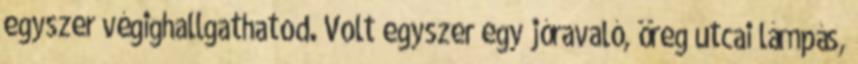
egyszer végighallgathatod. Volt egyszer egy jóravaló, öreg utcai lámpás,